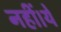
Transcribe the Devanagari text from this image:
नहीं।ये